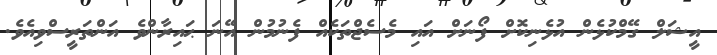
އީޝަލް ގޭމްކުޅެން އުޅެނިކޮށް ފޯނަށް އައި މެސެޖްތަކެއް ފެނުމުން އޭނަ ޙައިރާންވެ އަންތަރީސްވިއެވެ.